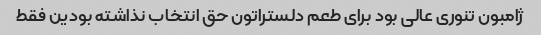
ژامبون تنوری عالی بود برای طعم دلستراتون حق انتخاب نذاشته بودین فقط